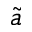
\tilde { a }